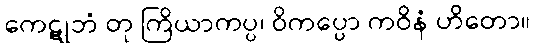
ကေဋုဘံ တု ကြိယာကပ္ပ၊ ဝိကပ္ပော ကဝိနံ ဟိတော။